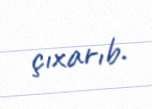
çıxarıb.